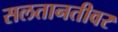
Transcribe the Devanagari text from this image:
सलतानतीवर